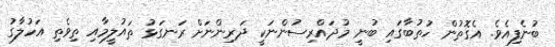
ބުނެފިއެވެ. އެގޮތުން ހުތުބާގައި ބުނީ މުދައްރިސުންނަކީ ދަރިންނަށް ރަނގަޅު ތައުލީމާއި ތިވެތި އަހުލާގު